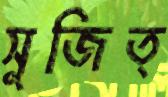
সুজিত্